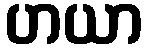
ဟယာ